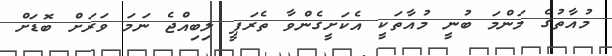
މުއާތުގެ މަންމަ ބުނީ މުއާތަކީ އެކަށީގެންވާ ތެރަޕީ ލިބިއްޖެ ނަމަ ވަރަށް ބޮޑަށް